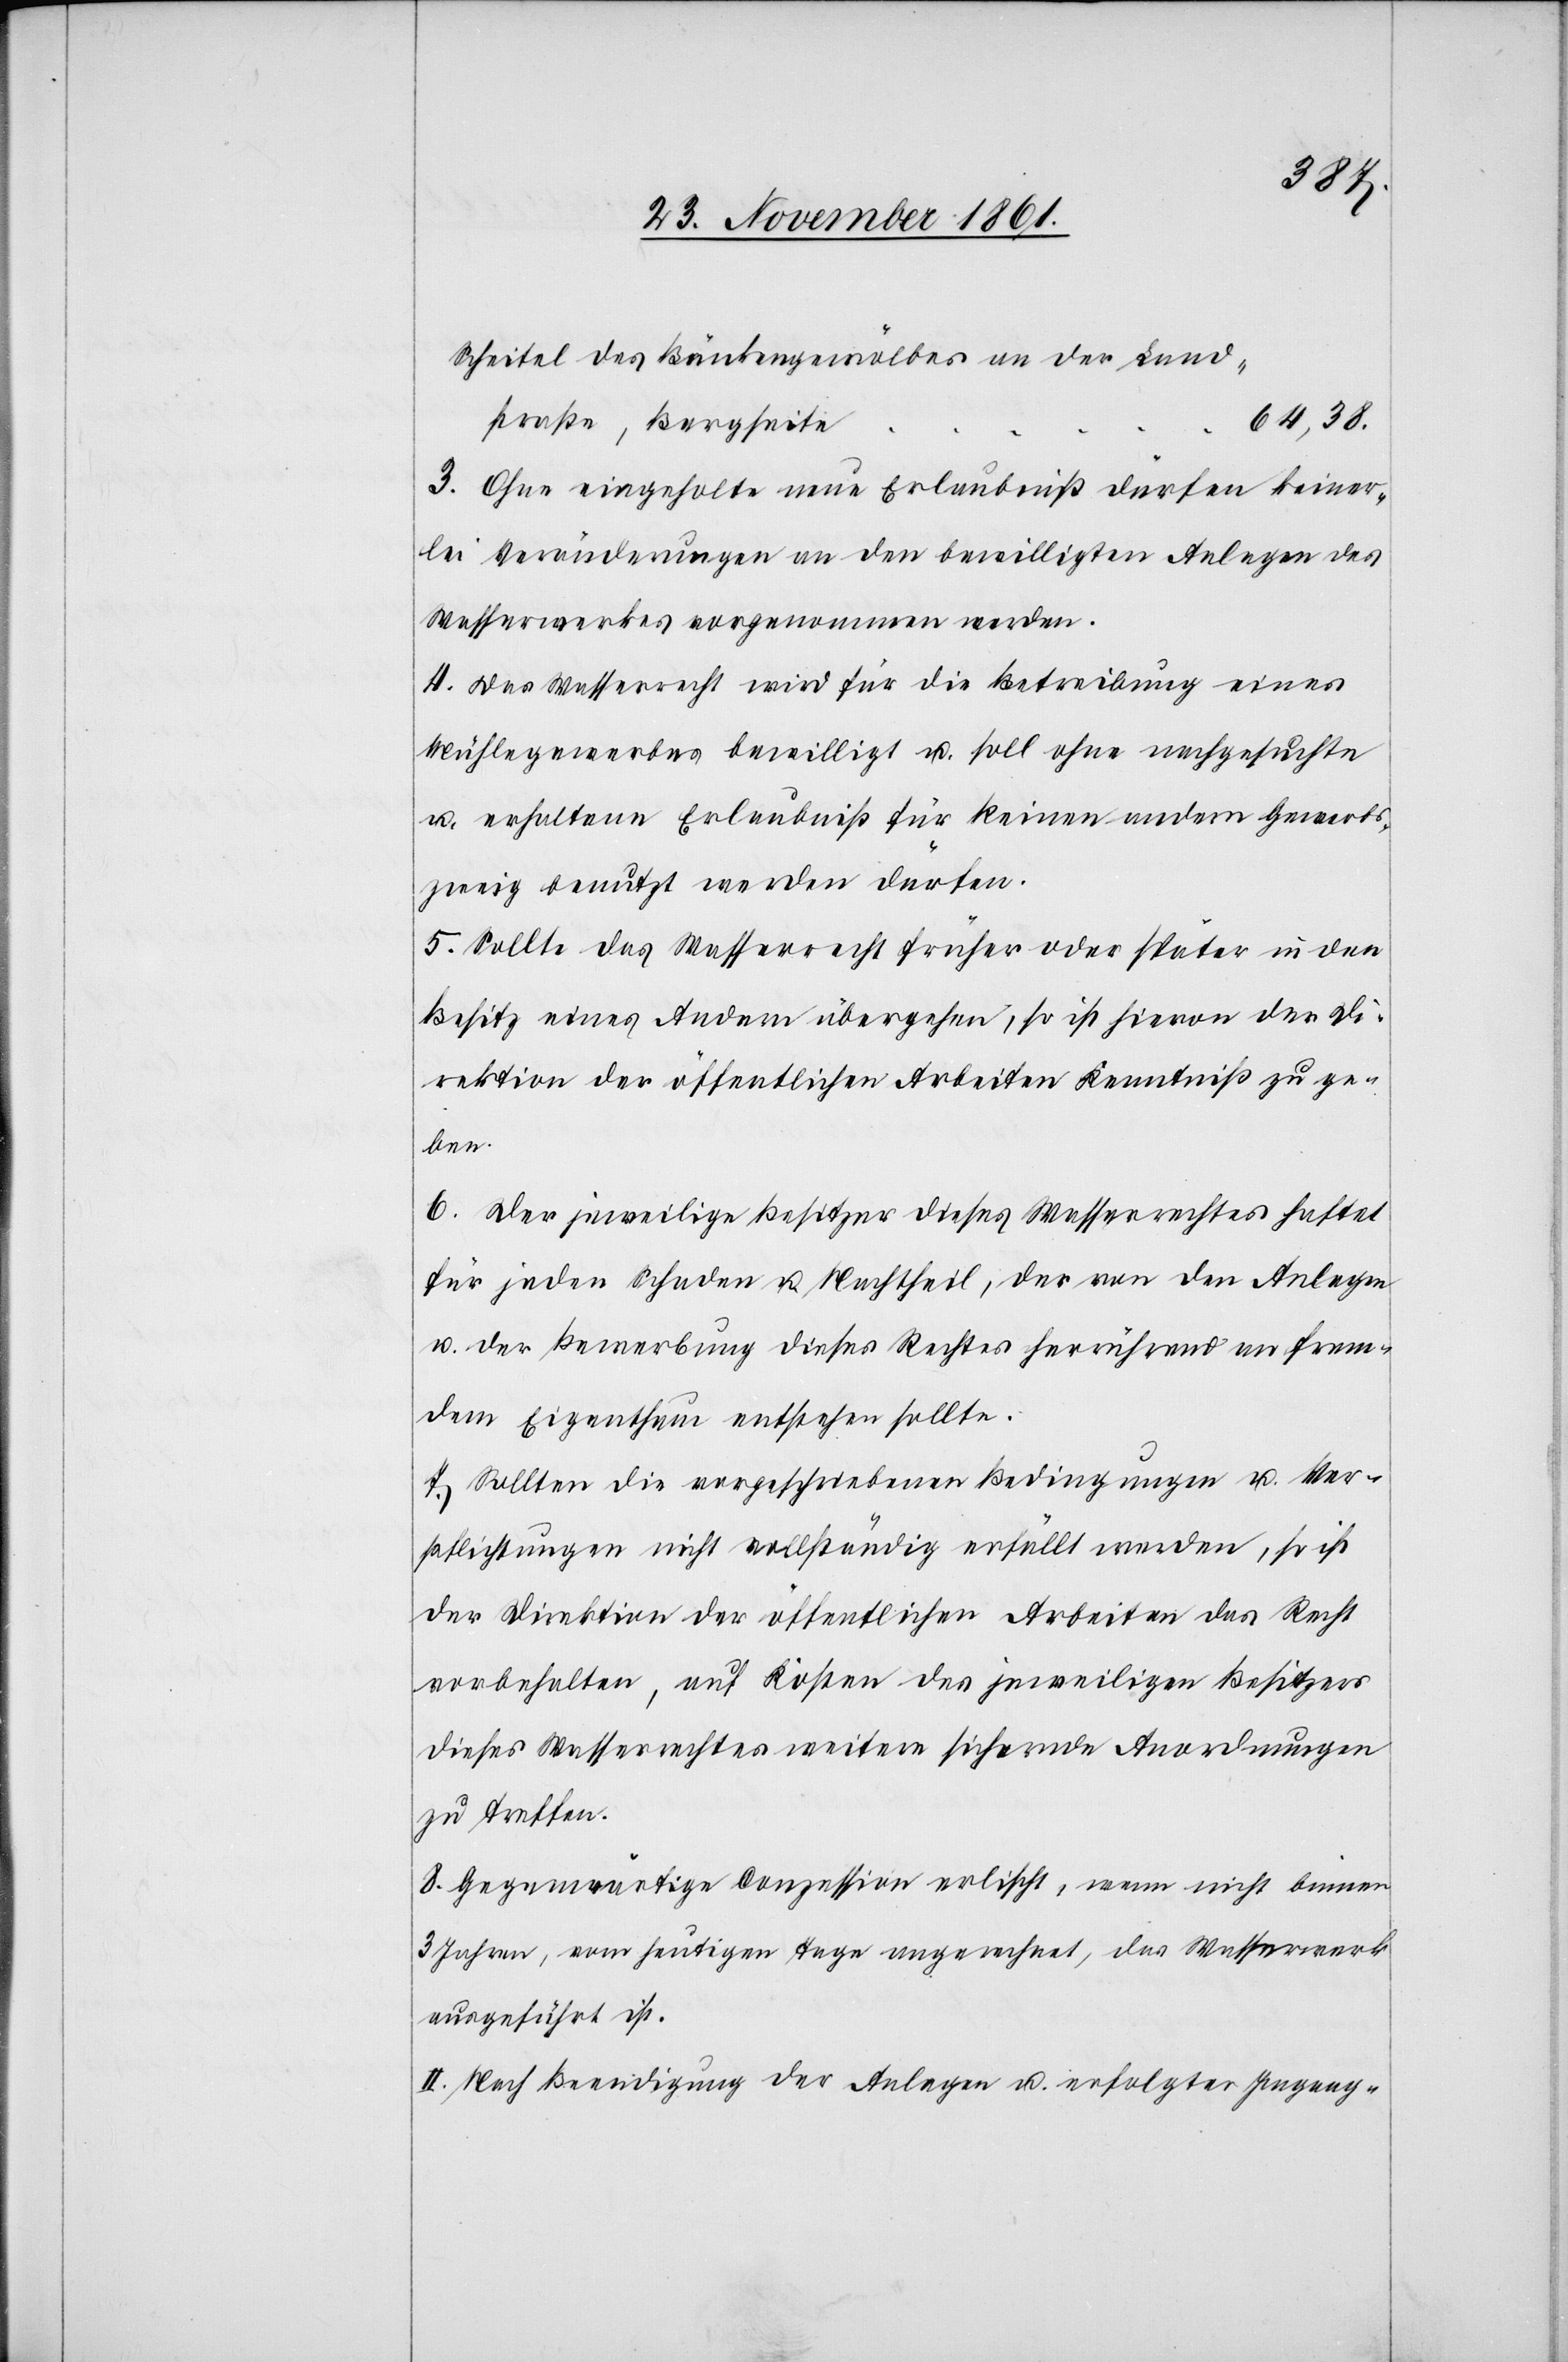
Scheitel des Brückengewölbes an der Land¬
e		64,38.
straße, Bergseit¬
3. Ohne eingeholte neue Erlaubniß dürfen keiner¬
lei Veränderungen an den bewilligten Anlagen des
Wasserwerkes vorgenommen werden.
4. Das Wasserrecht wird für die Betreibung eines
Mühlegewerbes bewilligt u. soll ohne nachgesuchte
u. erhaltene Erlaubniß für keinen andern Gewerbs¬
zweig benutzt werden dürfen.
5. Sollte das Wasserrecht früher oder später in den
Besitz eines Andern übergehen, so ist hievon der Di¬
rektion der öffentlichen Arbeiten Kenntniß zu ge¬
ben.
6. Der jeweilige Besitzer dieses Wasserrechtes haftet
für jeden Schaden u. Nachtheil, der von den Anlagen
u. der Bewerbung dieses Rechtes herrührend an frem¬
dem Eigenthum entstehen sollte.
7. Sollten die vorgeschriebenen Bedingungen u. Ver¬
pflichtungen nicht vollständig erfüllt werden, so ist
der Direktion der öffentlichen Arbeiten das Recht
vorbehalten, auf Kosten des jeweiligen Besitzers
dieses Wasserrechtes weitere sichernde Anordnungen
zu treffen.
8. Gegenwärtige Conzession erlischt, wenn nicht binnen
3 Jahren, vom heutigen Tage angerechnet, das Wasserwerk
ausgeführt ist.
II. Nach Beendigung der Anlagen u. erfolgter Ingang-